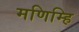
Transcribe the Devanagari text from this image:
मणिम्हि